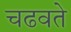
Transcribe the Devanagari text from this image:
चढवते